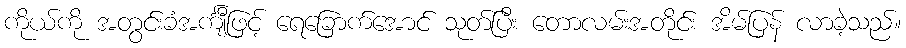
ကိုယ်ကို အတွင်းခံအင်္ကျီဖြင့် ရေခြောက်အောင် သုတ်ပြီး တောလမ်းအတိုင်း အိမ်ပြန် လာခဲ့သည်။